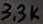
Text: 3.3K